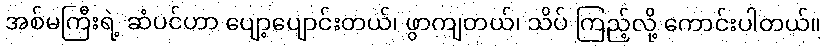
အစ်မကြီးရဲ့ ဆံပင်ဟာ ပျော့ပျောင်းတယ်၊ ဖွာကျတယ်၊ သိပ် ကြည့်လို့ ကောင်းပါတယ်။